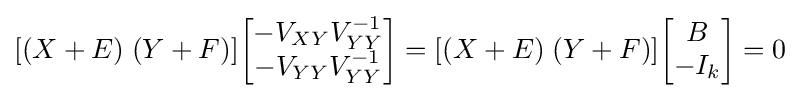
[(X+E)\;(Y+F)]{\begin{bmatrix}-V_{XY}V_{YY}^{-1}\\-V_{YY}V_{YY}^{-1}\end{bmatrix}}=[(X+E)\;(Y+F)]{\begin{bmatrix}B\\-I_{k}\end{bmatrix}}=0